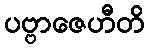
ပဗ္ဗာဇေဟီတိ